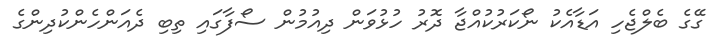
ގޭގެ ބެލްޖެހި އަޑާއެކު ނޯކަރުކުއްޖާ ދޮރު ހުޅުވަން ދިއުމުން ސޯފާގައި ތިބި ދެއަންހެންކުދިންގެ